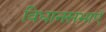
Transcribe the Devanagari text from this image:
विधानसभाएँ